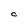
Character: C